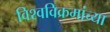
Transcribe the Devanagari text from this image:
विश्वविक्रमांच्या